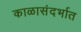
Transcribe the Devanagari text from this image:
काळासंदर्भात